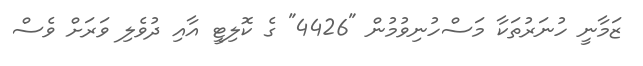
ޒަމާނީ ހުނަރުތަކާ މަސްހުނިވުމުން "4426" ގެ ކޮލިޓީ އާއި ދުވެލި ވަރަށް ވެސް